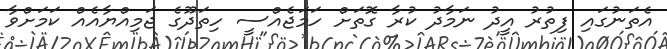
އެތަނުގައި ފިތުރު އީދު ނަމާދު ކުރާ ގޮތަށް ހަމަޖެއްސީ ހިތަދޫގެ ޖަމިއްޔާއެއް ކަމަށްވާ